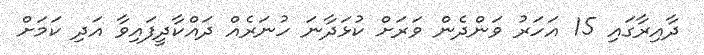
ދާއިރާގައި 15 އަހަރު ވަންދެން ވަރަށް ކުޅަދާނަ ހުނަރެއް ދައްކާދީފައިވާ އަދި ކަމަށް